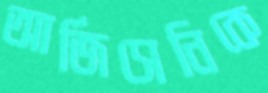
আর্জিসেনিকে